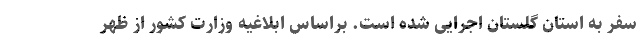
سفر به استان گلستان اجرایی شده است. براساس ابلاغیه وزارت کشور از ظهر